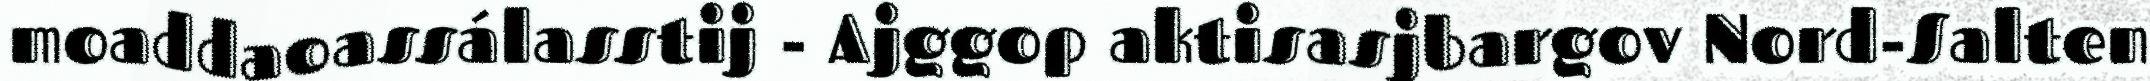
moaddaoassálasstij - Ajggop aktisasjbargov Nord-Salten